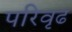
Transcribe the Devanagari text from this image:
परिवृढ